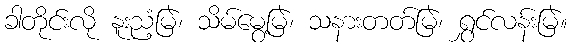
ခါတိုင်းလို နူးညံ့မြဲ၊ သိမ်မွေ့မြဲ၊ သနားတတ်မြဲ၊ ရွှင်လန်းမြဲ။